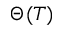
\Theta ( T )